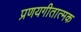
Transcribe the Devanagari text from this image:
प्रणयगीतात्मक